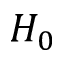
H _ { 0 }